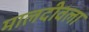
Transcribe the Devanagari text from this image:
मालदीवला